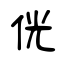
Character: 侊